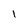
Character: 1